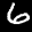
Label: 6